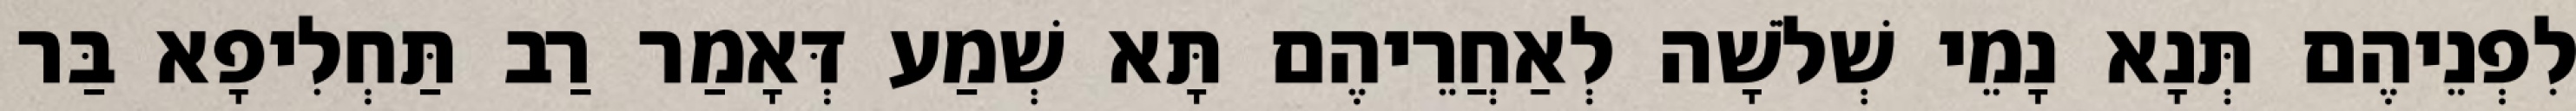
לִפְנֵיהֶם תְּנָא נָמֵי שְׁלֹשָׁה לְאַחֲרֵיהֶם תָּא שְׁמַע דְּאָמַר רַב תַּחְלִיפָא בַּר